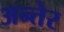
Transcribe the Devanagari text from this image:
अन्तेर